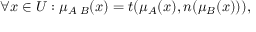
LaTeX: \forall x \in { U } : \mu _ { A \setminus { B } } ( x ) = t ( \mu _ { A } ( x ) , n ( \mu _ { B } ( x ) ) ) ,